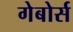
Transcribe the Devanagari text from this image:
गेबोर्स